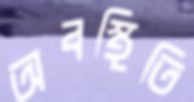
অবস্থিতি